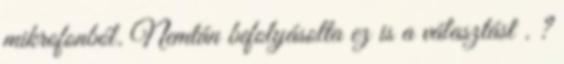
mikrofonból. Nemtán befolyásolta ez is a választást . ?